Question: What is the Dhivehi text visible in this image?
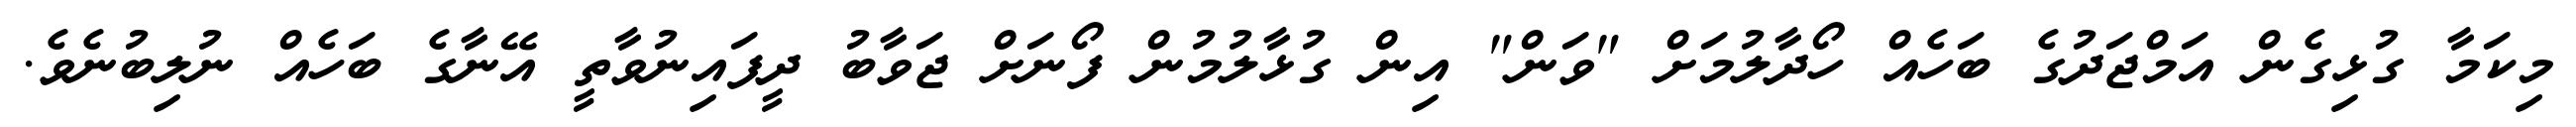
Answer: މިކަމާ ގުޅިގެން އަމްޖަދުގެ ބަހެއް ހޯދާލުމަށް "ވަން" އިން ގުޅާލުމުން ފޯނަށް ޖަވާބު ދީފައިނުވާތީ އޭނާގެ ބަހެއް ނުލިބުނެވެ.